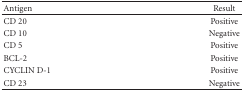
<table><thead><tr><td><b>Antigen</b></td><td><b>Result</b></td></tr></thead><tbody><tr><td>CD 20</td><td>Positive</td></tr><tr><td>CD 10</td><td>Negative</td></tr><tr><td>CD 5</td><td>Positive</td></tr><tr><td>BCL-2</td><td>Positive</td></tr><tr><td>CYCLIN D-1</td><td>Positive</td></tr><tr><td>CD 23</td><td>Negative</td></tr></tbody></table>